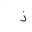
Letter: _thal